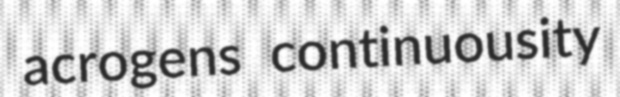
acrogens continuousity